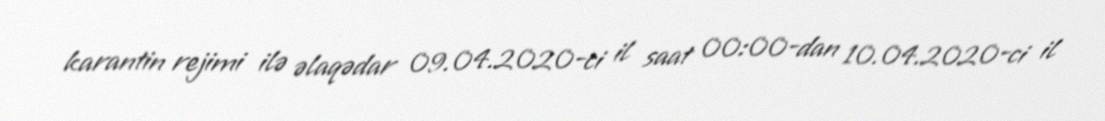
karantin rejimi ilə əlaqədar 09.04.2020-ci il saat 00:00-dan 10.04.2020-ci il